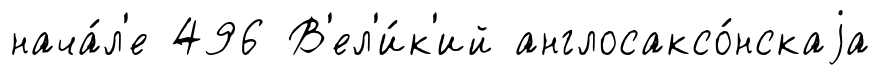
нача́л'е 496 В'ел'и́к'ий англосаксо́нскаjа